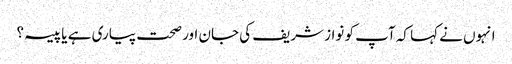
انہوں نے کہا کہ آپ کو نواز شریف کی جان اور صحت پیاری ہے یا پیسہ؟